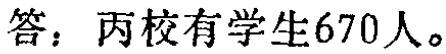
答：丙校有学生670人。